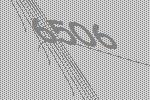
6506